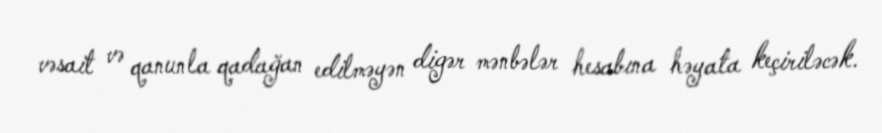
vəsait və qanunla qadağan edilməyən digər mənbələr hesabına həyata keçiriləcək.